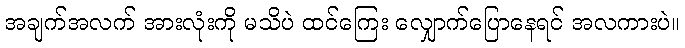
အချက်အလက် အားလုံးကို မသိပဲ ထင်ကြေး လျှောက်ပြောနေရင် အလကားပဲ။